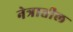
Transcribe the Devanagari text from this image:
नेत्रातील